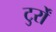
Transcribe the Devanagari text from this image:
टुर्रों